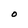
Character: O